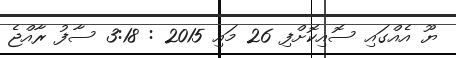
ޔޫ އެއްގައި ސޮއިކޮށްފި 26 މައި 2015 : 3:18 ސާފު ރާއްޖެ